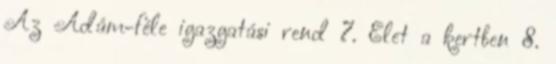
Az Ádám-féle igazgatási rend 7. Élet a kertben 8.